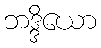
ဘဒ္ဒိယော